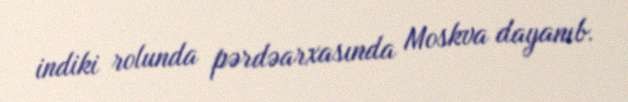
indiki rolunda pərdəarxasında Moskva dayanıb.